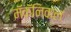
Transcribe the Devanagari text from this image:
मॅकॅनिकल